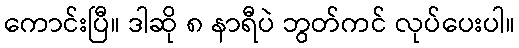
ကောင်းပြီ။ ဒါဆို ၈ နာရီပဲ ဘွတ်ကင် လုပ်ပေးပါ။